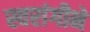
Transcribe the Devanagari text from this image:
स्वरांगीने